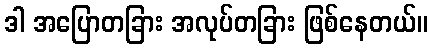
ဒါ အပြောတခြား အလုပ်တခြား ဖြစ်နေတယ်။